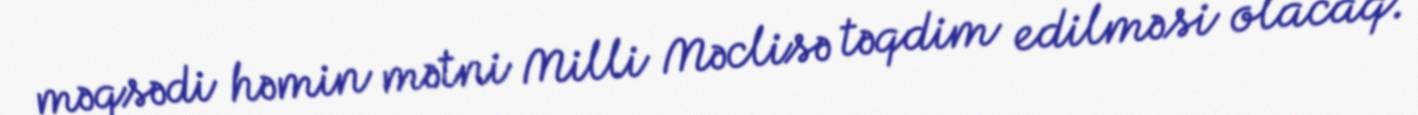
məqsədi həmin mətni Milli Məclisə təqdim edilməsi olacaq.